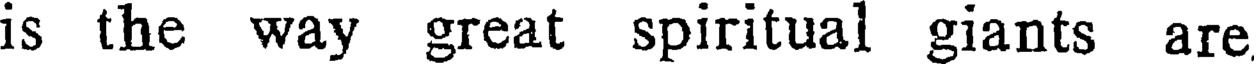
is the way great spiritual giants are